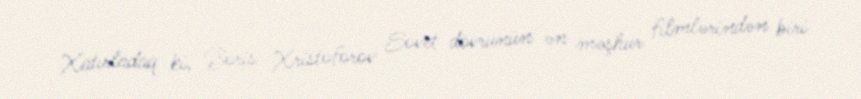
Xatırladaq ki, Boris Xristoforov Sovet dövrünün ən məşhur filmlərindən biri